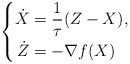
\begin{align*} \left\{ \begin{aligned} \dot{X} &= \frac{1}{\tau} (Z - X),\\ \dot{Z} &= -\nabla f(X) \end{aligned} \right.\end{align*}